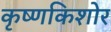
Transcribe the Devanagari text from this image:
कृष्णकिशोर